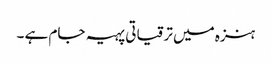
ہنزہ میں ترقیاتی پہیہ جام ہے ۔